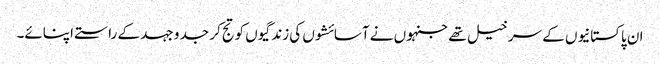
ان پاکستانیوں کے سرخیل تھے جنہوں نے آسائشوں کی زندگیوں کو تج کر جد و جہد کے راستے اپنائے۔